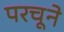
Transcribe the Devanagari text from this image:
परचूने